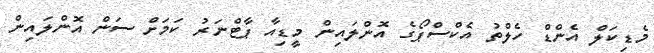
މެޑިކަލް އެންޑް ހެލްތު އެކްސްޕޯގެ އޮންލައިން މީޑިއާ ޕާޓްނަރު ކަމަށް ސަން އޮންލައިން